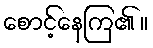
စောင့်နေကြ၏ ။